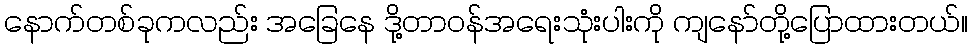
နောက်တစ်ခုကလည်း အခြေနေ ဒို့တာဝန်အရေးသုံးပါးကို ကျနော်တို့ပြောထားတယ်။